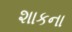
શાકના